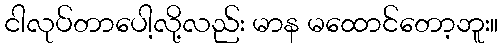
ငါလုပ်တာပေါ့လို့လည်း မာန မထောင်တော့ဘူး။